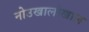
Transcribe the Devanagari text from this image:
नोउखालोखाल